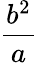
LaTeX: \frac{b^{2}}{a}